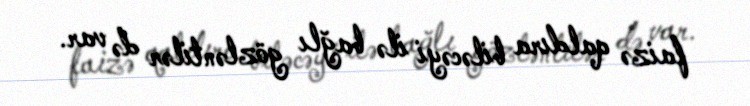
faizə qaldıra biləcəyi ilə bağlı gözləntilər də var.